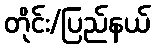
တိုင်း/ပြည်နယ်